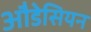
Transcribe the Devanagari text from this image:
औडेसियन